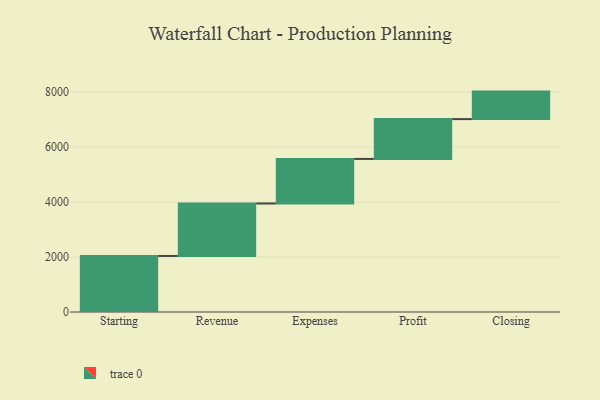
{"axis": {"x": "Step", "y": "Value"}, "legend": [""], "data": [{"x": "Starting", "y": 2037.0, "type": ""}, {"x": "Revenue", "y": 1908.0, "type": ""}, {"x": "Expenses", "y": 1620.0, "type": ""}, {"x": "Profit", "y": 1447.0, "type": ""}, {"x": "Closing", "y": 1000, "type": ""}]}